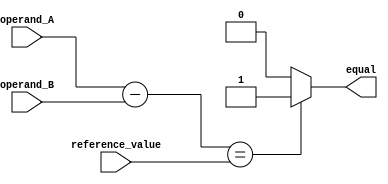
module equality_comparator (
    input [7:0] operand_A,
    input [7:0] operand_B,
    input [7:0] reference_value,
    output reg equal
);

reg [7:0] difference;

always @(*) begin
    difference = operand_A - operand_B;
    if (difference == reference_value) begin
        equal = 1;
    end else begin
        equal = 0;
    end
end

endmodule